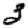
Digit: 3